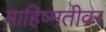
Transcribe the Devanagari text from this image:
माहिष्मतीवर